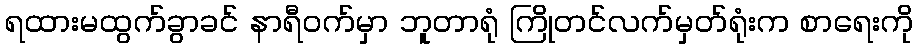
ရထားမထွက်ခွာခင် နာရီဝက်မှာ ဘူတာရုံ ကြိုတင်လက်မှတ်ရုံးက စာရေးကို